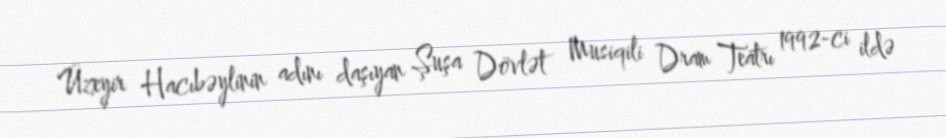
Üzeyir Hacıbəylinin adını daşıyan Şuşa Dövlət Musiqili Dram Teatrı 1992-ci ildə